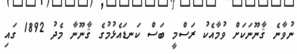
ނުވާނެ ޤާނޫނަކަށް ވުމާއެކު ރަސްމީ ބަސް ކަނޑައެޅުމުގެ ޤާނޫނާ މެދު 1892 ގައި